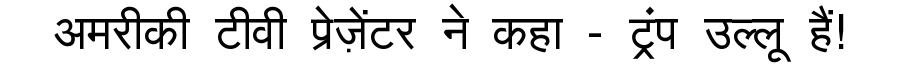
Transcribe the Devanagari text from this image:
अमरीकी टीवी प्रेज़ेंटर ने कहा - ट्रंप उल्लू हैं!